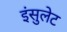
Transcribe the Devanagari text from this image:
इंसुलेट